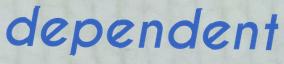
dependent